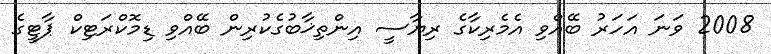
2008 ވަނަ އަހަރު ބޭއްވި އެމެރިކާގެ ރިޔާސީ އިންތިޚާބުގެކުރިން ބޭއްވި ޑިމޮކްރަޓިކް ޕާޓީގެ